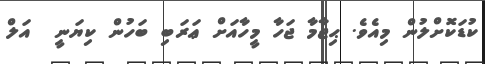
ކުޑަކޮށްލުން މިއެވެ. ޙިޖާމާ ޖަހާ މީހާއަށް ޢަރަބި ބަހުން ކިޔަނީ  އަލް